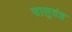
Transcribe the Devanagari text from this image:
चालुवंश